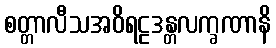
စတ္တာလီသအဝိရဠဒန္တလက္ခဏာနိ